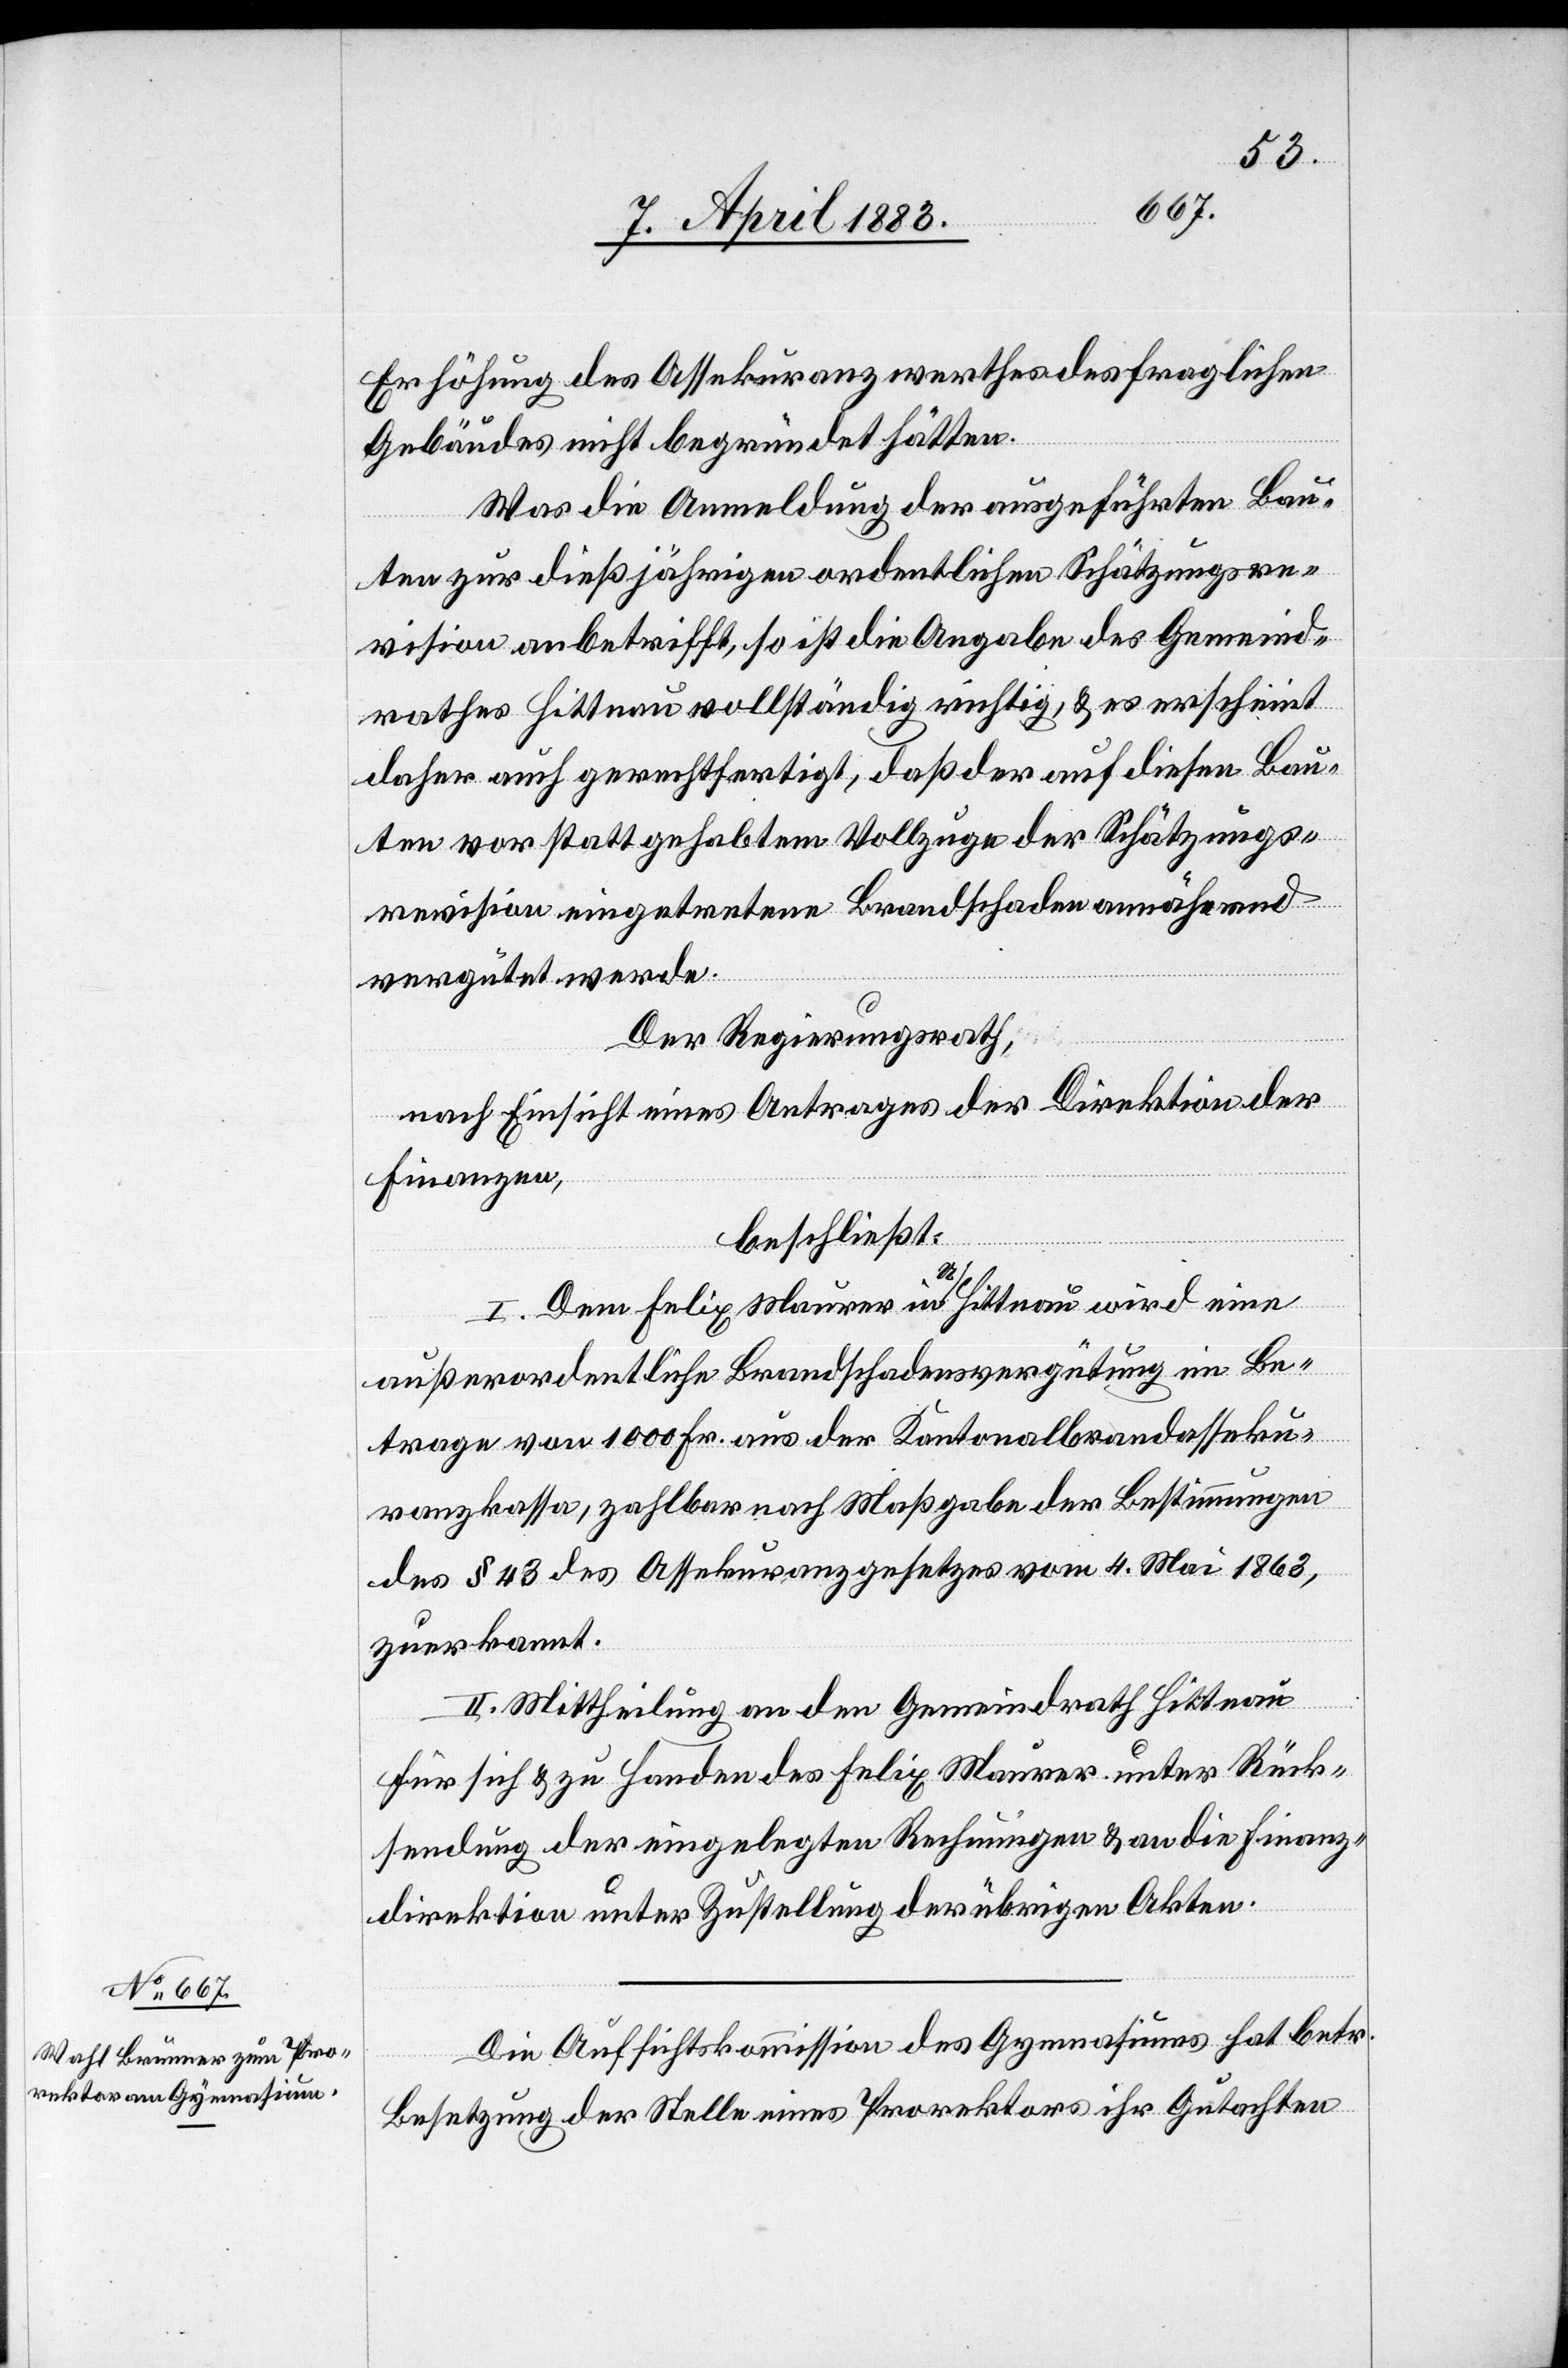
Erhöhung des Assekuranzwerthes des fraglichen
Gebäudes nicht begründet hätten.
Was die Anmeldung der ausgeführten Bau¬
ten zur dießjährigen ordentlichen Schätzungsre¬
vision anbetrifft, so ist die Angabe des Gemeind¬
rathes Hittnau vollständig richtig, & es erscheint
daher auch gerechtfertigt, daß der auf diesen Bau¬
ten vor stattgehabtem Vollzuge der Schätzungs¬
revision eingetretenen Brandschaden annähernd
vergütet werde.
Der Regierungsrath,
nach Einsicht eines Antrages der Direktion der
Finanzen,
beschließt:
I. Dem Felix Maurer in U/Hittnau wird eine
außerordentliche Brandschadensvergütung im Be¬
trage von 1000 Fr. aus der Kantonalbrandasseku¬
ranzkasse, zahlbar nach Maßgabe der Bestimmungen
des § 43 des Assekuranzgesetzes vom 4. Mai 1863,
zuerkannt.
II. Mittheilung an den Gemeindrath Hittnau
für sich & zu Handen des Felix Maurer unter Rück¬
sendung der eingelegten Rechnungen & an die Finanz¬
direktion unter Zustellung der übrigen Akten.
Die Aufsichtskommission des Gymnasiums hat betr.
Besetzung der Stelle eines Prorektors ihr Gutachten